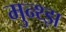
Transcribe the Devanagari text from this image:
मुन्थ्झ